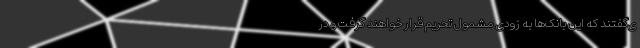
ی‌گفتند که این بانک‌ها به زودی مشمول تحریم قرار خواهند گرفت و در